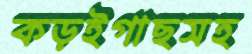
কড়ইগাছসহ